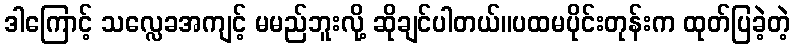
ဒါကြောင့် သလ္လေခအကျင့် မမည်ဘူးလို့ ဆိုချင်ပါတယ်။ပထမပိုင်းတုန်းက ထုတ်ပြခဲ့တဲ့